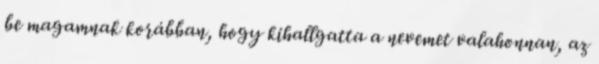
be magamnak korábban, hogy kihallgatta a nevemet valahonnan, az